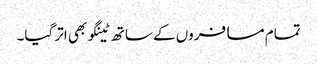
تمام مسافروں کے ساتھ ٹینگو بھی اتر گیا۔